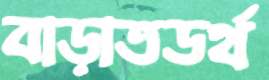
বাড়াতডর্থ